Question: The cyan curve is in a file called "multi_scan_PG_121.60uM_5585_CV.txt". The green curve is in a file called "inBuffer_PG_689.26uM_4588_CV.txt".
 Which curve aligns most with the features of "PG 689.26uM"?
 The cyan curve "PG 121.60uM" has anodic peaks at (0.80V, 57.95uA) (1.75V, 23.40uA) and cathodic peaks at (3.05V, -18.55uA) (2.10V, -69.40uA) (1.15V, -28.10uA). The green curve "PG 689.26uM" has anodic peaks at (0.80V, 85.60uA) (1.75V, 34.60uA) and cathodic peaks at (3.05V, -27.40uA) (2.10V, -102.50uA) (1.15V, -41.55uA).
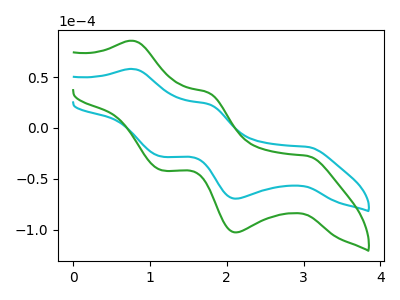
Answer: <think>All the peaks in "PG 121.60uM" have a peak in "PG 689.26uM" at the same potential. Every peak in "PG 121.60uM" is lower than every peak in "PG 689.26uM".
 </think>
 <answer>The CV with the most similar shape to "PG 121.60uM" is "PG 689.26uM".</answer>
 <eval>"PG 689.26uM"</eval>